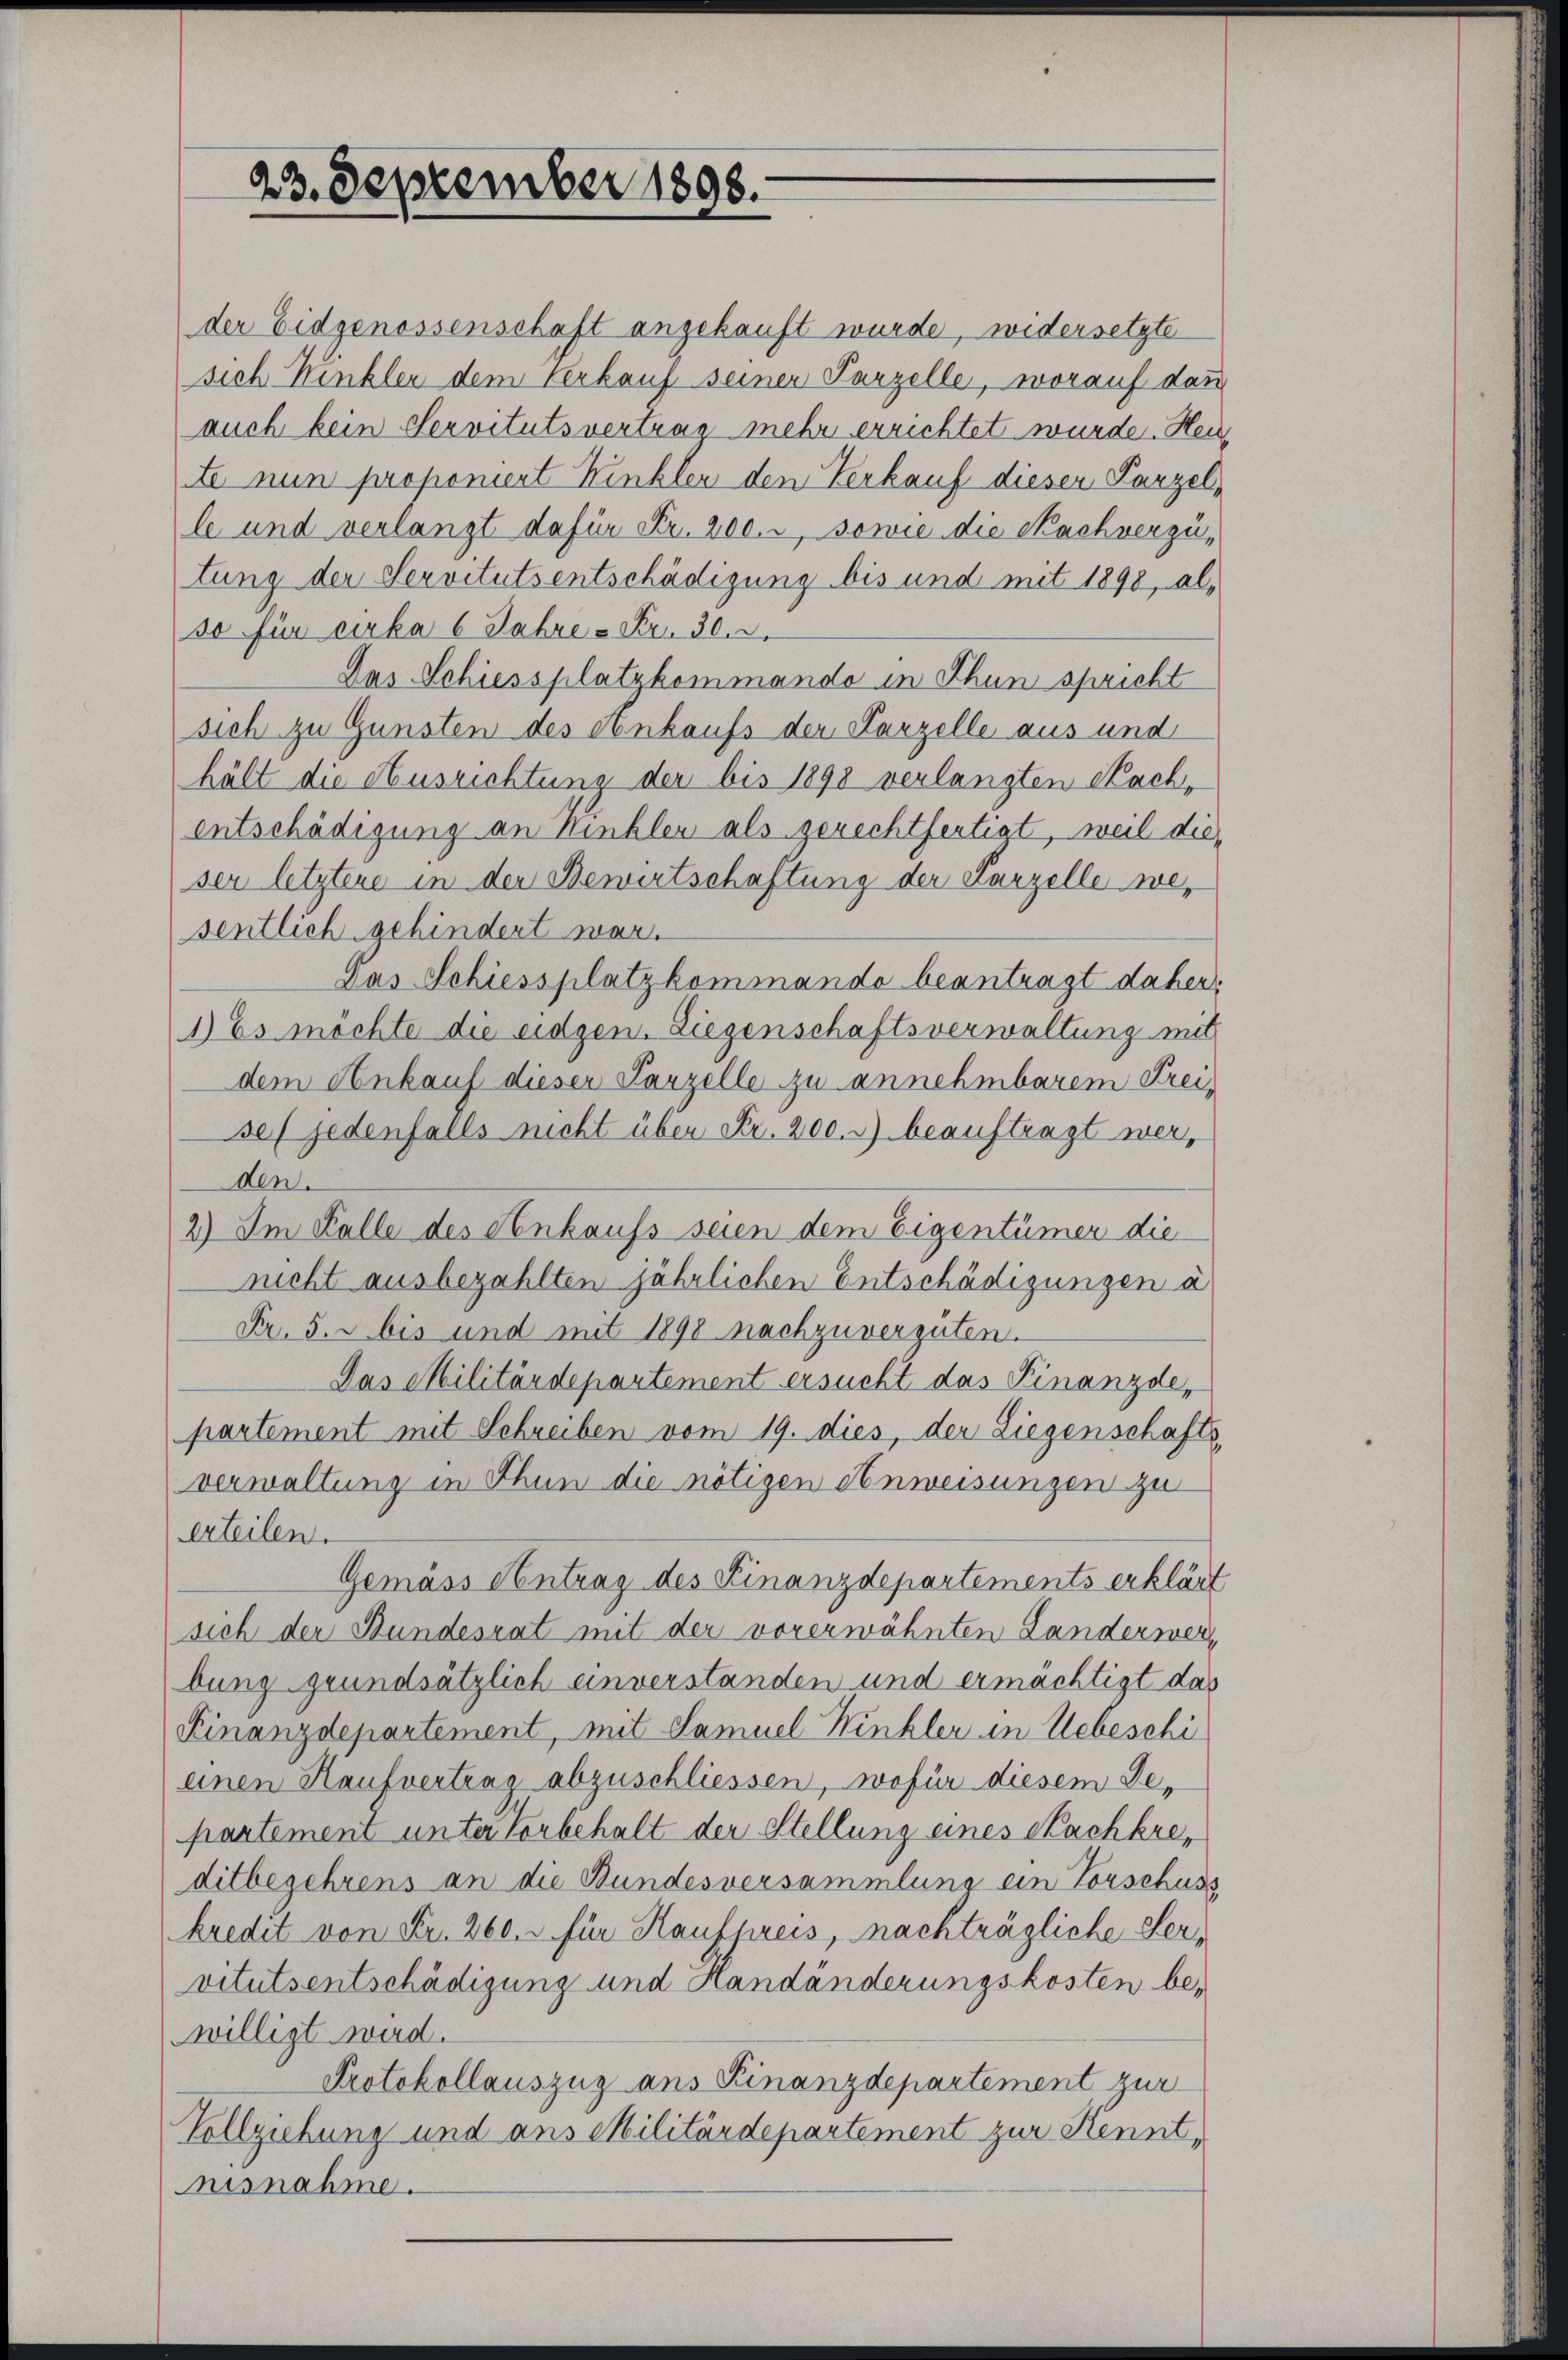
23. September 1898.

der Eidgenossenschaft angekauft wurde, widersetzte
sich Winkler dem Verkauf seiner Parzelle, worauf dann
auch kein Servitutsvertrag mehr errichtet wurde. Hein
te nun proponiert Winkler den Verkauf diesen Parzel,
le und verlangt dafür Fr. 200., sowie die Sachverzütung der Servitutsentschädigung bis und mit 1898, also für cirka 6 Jahre - Fr. 30.
Das Schiessplatzkommando in Thun spricht
sich zu Gunsten des Ankaufs der Parzelle aus und
hält die Ausrichtung der bis 1898 verlangten Nachentschädigung an Winkler als gerechtfertigt, weil die
ser letztere in der Bewirtschaftung der Parzelle wesentlich gehindert war.
Pas Schiessplatz kommando beantragt daher,
1) Es möchte die eidgen. Liegenschaftsverwaltung mit
dem Ankauf dieser Parzelle zu annehmbarem Freisel jedenfalls nicht über Nr. 200. r beauftragt werden.
2) Im Falle des Ankaufs seien dem Eigentümer die
nicht ausbezahlten jährlichen Entschädigungen a
Nr. 5. bis und mit 1898 nachzuvergüten.
Das Militärdepartement ersucht das Finanzde,
partement mit Schreiben vom 19. dies, der Liegenschafts,
verwaltung in Thun die nötigen Anweisungen zu
erteilen.
Gemäss Antrag des Finanzdepartements erklärt
sich der Bundesrat mit der vorerwähnten Landerwerbung grundsätzlich einverstanden und ermächtigt das
Finanzdepartement, mit Samuel Winkler in Uebeschi
einen Haufvertrag abzuschliessen, wofür diesem Bepartement unter Vorbehalt der Stellung eines Sachkreditbegehrens an die Bundesversammlung ein Vorschuss
kredit von Fr. 260. c. für Kaufpreis, nachträgliche Hervitutsentschädigung und Handänderungskosten be-
willigt wird.
Protokollauszug aus Finanzdepartement zur
Vollziehung und aus Militärdepartement zur Kennt,
nisnahme.